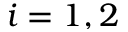
i = 1 , 2